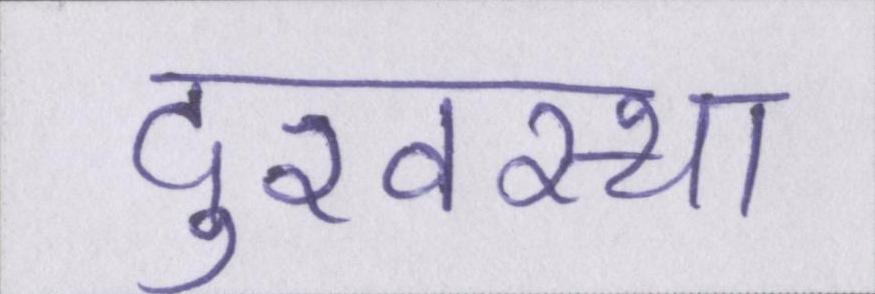
दुरवस्था